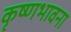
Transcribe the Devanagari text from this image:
कृष्णभावना